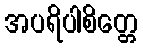
အပရိပါစိတ္တေ